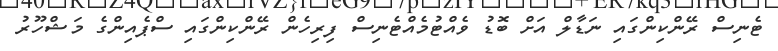
ޓެނިސް ރޭންކިންގައި ނަޑާލް އަށް ބޮޑު ވެއްޓުމެއްޓެނިސް ފިރިހެން ރޭންކިންގައި ސްޕެއިންގެ މަޝްހޫރު